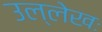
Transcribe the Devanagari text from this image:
उल्लेखः